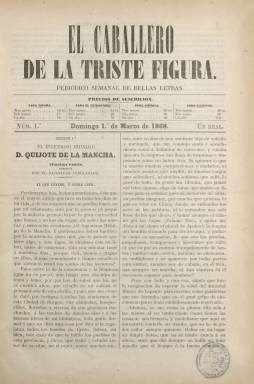
Título: El Caballero de la triste figura
Colección: Literatura
Ámbito geográfico: Burgos
Lugar de publicación: Burgos
Fechas: 01/03/1868-31/05/1868

El prolífico escritor, periodista, catedrático e historiador José Martínez Rives (1820-1895) editó y dirigió esta publicación, que salió cada domingo, a partir del uno de marzo de 1868, en entregas de ocho páginas, compuestas a dos columnas, de la imprenta burgalesa de Timoteo Arnaiz, en cuyas primeras cuatro planas volvió a publicar, aunque incompleta, la “tercera parte” de El ingenioso hidalgo don Quijote de la Mancha, compuesta por el Bachiller Avellanado –su seudónimo–, como una continuación de la inmortal obra de Miguel de Cervantes, en la que narra en primera persona la visita a Don Quijote y Sancho Panza en el reino de la inmortalidad, desde el que sus protagonistas vivirán nuevas aventuras (López Navia: 2010).

Martínez Rives ya había publicado previamente, a partir del 25 de julio de 1861, y también como folletín y, por tanto, por entregas, su “heterodoxa” obra cervantina en el periódico El Eco burgalés, del que también había sido du propietario y director, y en 1865, la compilará en un volumen estampado en la imprenta burgalesa de Blas González. En la Biblioteca Digital Hispánica (BDH) está disponible el primer tomo de una segunda edición, de 1866, impresa en el establecimiento tipográfico de Anselmo Cariñena, en un volumen de 80 páginas, en 4º.

La publicada en El Caballero de la triste figura es una versión corregida, tanto de la original como de la que después publicará –asimismo en entregas– en Fígaro (1879-1880), que Martínez Rivas fundará y dirigirá también en Burgos, y que llega a ocupar casi el ochenta por ciento de las cuatro páginas de este periódico. Ha sido María Luisa Tobar quien en diversos trabajos ha investigado y analizado (2005, 2006 y 2007) esta obra cervantina de Martínez Rives y señalado que “se tiene la impresión de que el objetivo principal” de los dos periódicos citados que fundó fue “el de cobijar entre sus páginas al nuevo Don Quijote” del Bachiller Avellanado, que en alguna bibliografía de referencia se había llegado a confundir con el de Avellaneda.

Efectivamente, el propio Martínez Rives dividirá El Caballero de la triste figura, al que subtitula “periódico semanal de bellas artes” –aunque esté casi completamente dedicado a la literatura–, en cuatro secciones. En la primera incluirá su recreación quijotesca, que ocupará prácticamente la mitad de cada entrega; y en las restantes cuatro páginas, la sección segunda, bajo el epígrafe Romances españoles; la tercera, con textos de costumbres, filosofía y crítica, y la cuarta, de variedades, con composiciones en verso y charadas, principalmente. Martínez Rives contará para este periódico con Jacinto Ontañón y Arias y Manuel Martínez Añibarro como colaboradores.

La colección de El Caballero de la triste figura consta de catorce entregas, correspondiendo la última al 31 de mayo de ese mismo año 1868, que –con foliación continuada– suman 114 páginas. Martínez Rives, en la introducción a su “tercera parte” del Quijote, hace despertar en la mitad del siglo XIX a dos personajes que le son bien familiares, uno “espigado” y otro “rechoncho”, tras caer el Bachiller Avellanado por una sima, en la “Cueva de Atapuerca, cerca de Burgos, que es un lugar de Castilla de cuyo nombre he querido acordarme”, dirá al comenzar su relato. Cueva que sería dibujada por Isidro Gil Gabilondo (1843-1917), compañero que fue de Martínez Rives, en la obra Descripción con planos de la cueva llamada de Atapuerca (1868), que también está disponible en la BDH.

Para la prensa periódica en Burgos durante el siglo XIX, véase también la obra de Juan Carlos Pérez Manrique (1996).